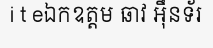
i t eឯកឧត្តម ឆាវ អ៊ឹនទ័រ